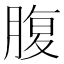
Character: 腹